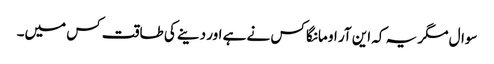
سوال مگر یہ کہ این آر او مانگا کس نے ہے اور دینے کی طاقت کس میں۔